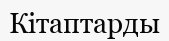
Кітаптарды